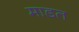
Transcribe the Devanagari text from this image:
माडत